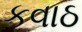
કવાઠ